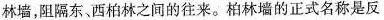
林墙，阻隔东西柏林之间的往来。柏林墙的正式名称是反法西斯防卫墙，其”反法西斯”的含义应指 ()A.抵制西方势力的渗透B.阻止欧洲一体化进程C.防止法西斯残余势力D.反对美苏冷战对峙